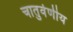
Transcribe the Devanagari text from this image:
चातुर्वणीय